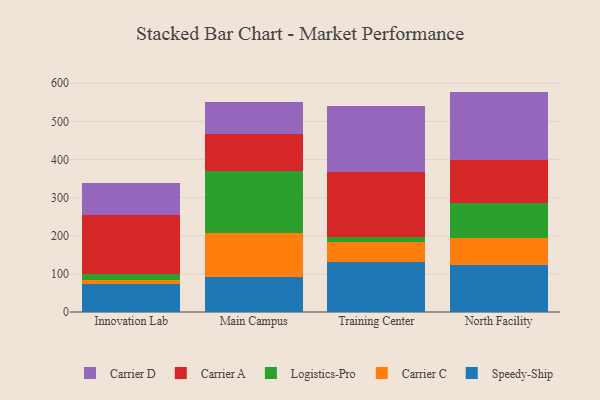
{"axis": {"x": "Campus", "y": "Market Share (%)"}, "legend": ["Carrier A", "Carrier C", "Carrier D", "Logistics-Pro", "Speedy-Ship"], "data": [{"x": "Innovation Lab", "y": 74.0, "type": "Speedy-Ship"}, {"x": "Innovation Lab", "y": 10.2, "type": "Carrier C"}, {"x": "Innovation Lab", "y": 15.9, "type": "Logistics-Pro"}, {"x": "Innovation Lab", "y": 155.4, "type": "Carrier A"}, {"x": "Innovation Lab", "y": 83.1, "type": "Carrier D"}, {"x": "Main Campus", "y": 90.8, "type": "Speedy-Ship"}, {"x": "Main Campus", "y": 116.7, "type": "Carrier C"}, {"x": "Main Campus", "y": 162.1, "type": "Logistics-Pro"}, {"x": "Main Campus", "y": 96.2, "type": "Carrier A"}, {"x": "Main Campus", "y": 84.3, "type": "Carrier D"}, {"x": "Training Center", "y": 130.7, "type": "Speedy-Ship"}, {"x": "Training Center", "y": 53.1, "type": "Carrier C"}, {"x": "Training Center", "y": 14.0, "type": "Logistics-Pro"}, {"x": "Training Center", "y": 170.8, "type": "Carrier A"}, {"x": "Training Center", "y": 172.4, "type": "Carrier D"}, {"x": "North Facility", "y": 123.3, "type": "Speedy-Ship"}, {"x": "North Facility", "y": 71.6, "type": "Carrier C"}, {"x": "North Facility", "y": 91.6, "type": "Logistics-Pro"}, {"x": "North Facility", "y": 112.1, "type": "Carrier A"}, {"x": "North Facility", "y": 179.6, "type": "Carrier D"}]}